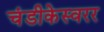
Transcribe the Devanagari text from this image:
चंडीकेस्वरर